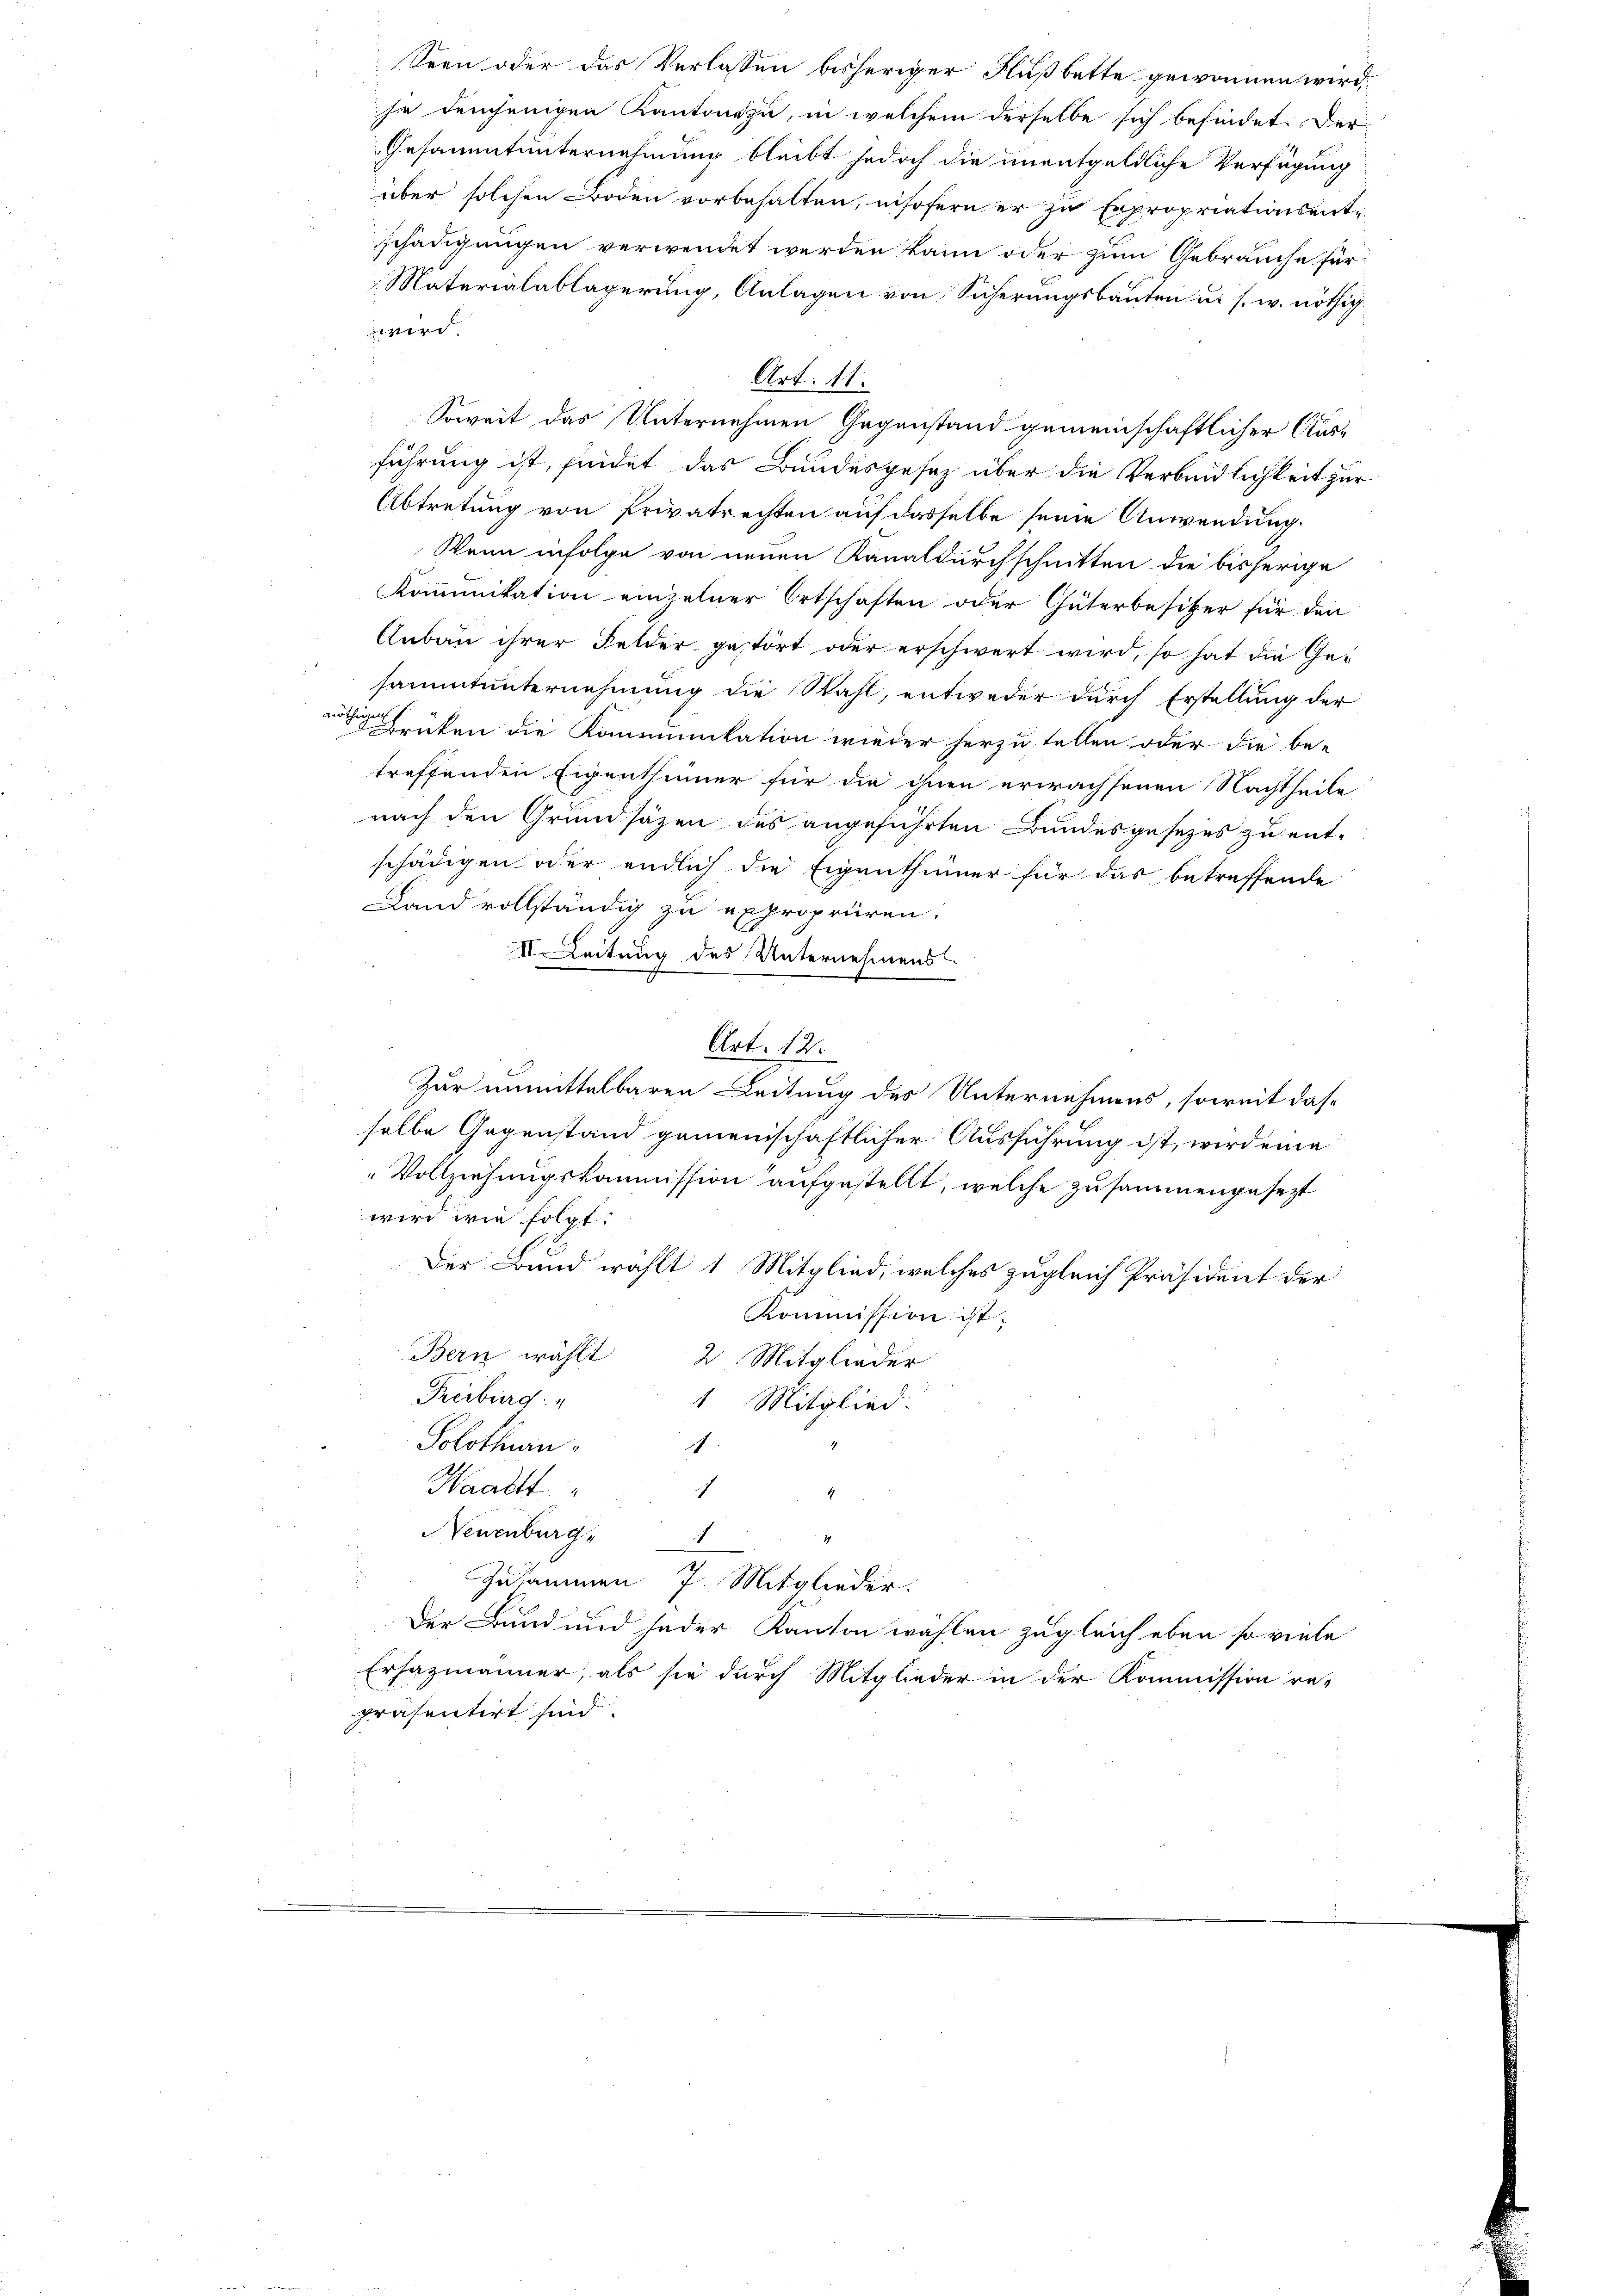
Soweit das Unternehmen Gegenstand gemeinschaftlicher Aus-
führung ist, findet das Bundesgesetz über die Verbindlichkeit zur
Abtretung von Privatrechten auf dasselbe seine Anwendung.
Wenn infolge von neuen Kanaldurchschnitten die bisherige
Komunikation einzelner Ortschaften oder Güterbesitzer für den
Anbau ihrer Felder gestört oder erschwert wird, so hat die Gesammtunternehmung die Stahl, entweder durch Erstellung der
wiken die Kommunikation wieder herzustellen oder die be-
treffenden Eigenthümer für die ihnen erwachsenen Nachtheile
nach den Grundsäzen des angeführten Bundesgesezes zu entschädigen oder endlich die Eigenthümer für das betreffende
Land vollständig zu expropriiren.
II Leitung des Unternehmens.
Art. 12.
Zur unmittelbaren Leitung des Unternehmens, soweit dase
selbe Gegenstand gemeinschaftlicher Ausführung ist, wird eine
Vollziehungskommission aufgestellt, welche zusammengesezt
wird wie folgt:
Der Bund wählt 1 Mitglied, welches zugleich Präsident der
Kommission ist.
Bern wählt 2 Mitglieder
Freiburg: "
1 Mitglied.
Solothurn
1.
Waadt
1
Neuenburg,
1
11
Zusammen 7. Mitglieder.
Der Bund und jeder Kanton wahlen zugleich eben so viele
Erhazmänner, als sie durch Mitglieder in der Kommission re-
präsentirt sind.

Seen oder das Verlassen bisheriger Flußbette gewonnen wird,
se demjenigen Kantone zu, in welchem derselbe sich befindet. Der
Gesammtunternehmung bleibt jedoch die unentgeldliche Verfügung
über solchen Boden vorbehalten, insofern er zu Expropriationsentschädigungen verwendet werden kann oder zum Gebrauche für
Materialablagerung, Anlagen von Sicherungsbauten u. s. w. nöthig
wird

Art. 11.